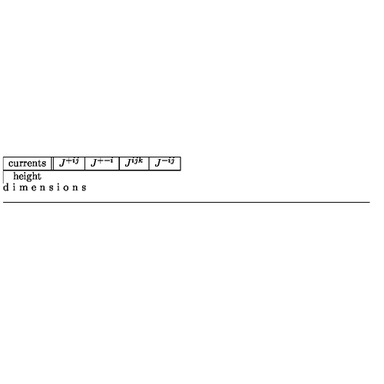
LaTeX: \begin{array} { | c | | c | c | c | c | } \hline { \mathrm { c u r r e n t s } } & { J ^ { + i j } } & { J ^ { + - i } } & { J ^ { i j k } } & { J ^ { - i j } } \\ \hline { \hline \mathrm { d i m e n s i o n s } } & { - 1 } & { 1 } & { 1 } & { 3 } \\ \hline { } \\ \end{array}